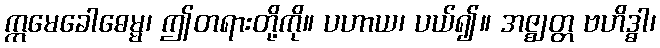
ဣမေခေါဓေမ္မ၊ ဤတရားတို့ကို။ ပဟာယ၊ ပယ်၍။ အဇ္ဈတ္တ ဗဟိဒ္ဓါ၊